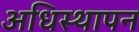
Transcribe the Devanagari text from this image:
अधिस्थापन